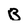
Character: B